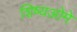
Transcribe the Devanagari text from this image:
शिष्यओमे